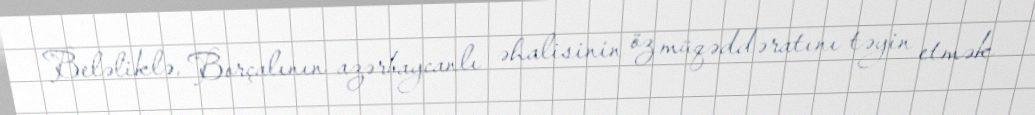
Beləliklə, Borçalının azərbaycanlı əhalisinin öz müqəddəratını təyin etmək